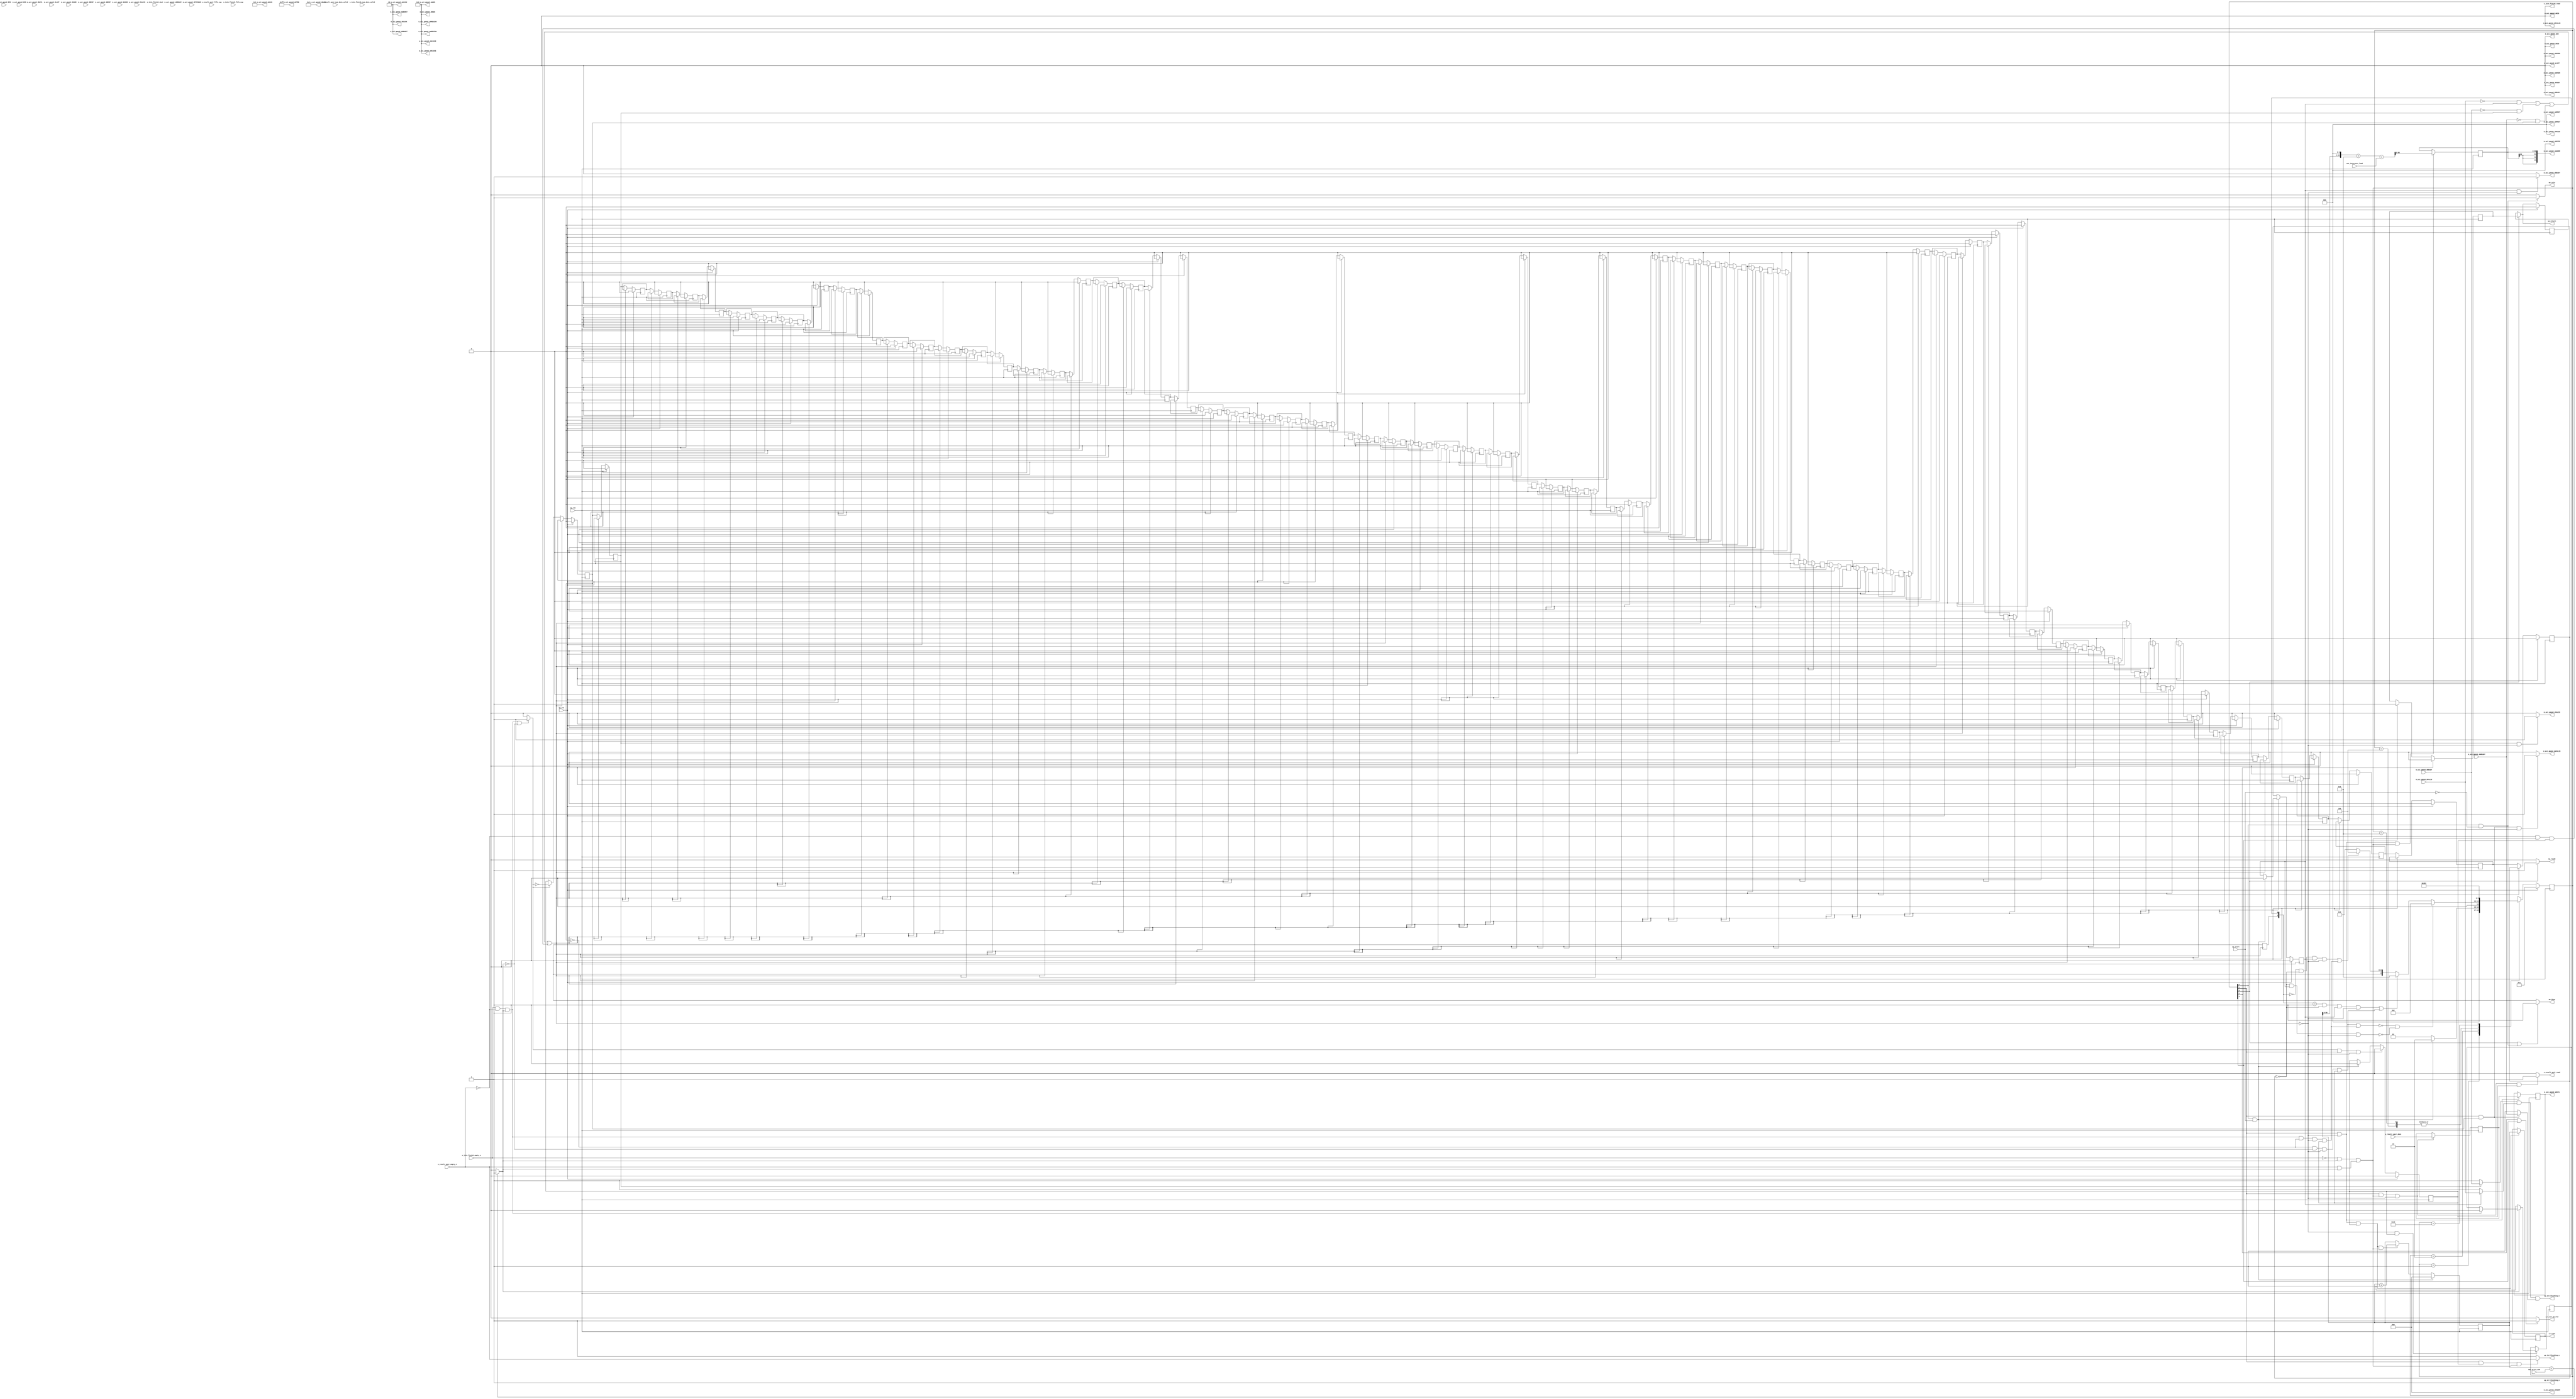
// ==============================================================
// RTL generated by Vitis HLS - High-Level Synthesis from C, C++ and OpenCL v2022.1 (64-bit)
// Version: 2022.1
// Copyright (C) Copyright 1986-2022 Xilinx, Inc. All Rights Reserved.
// 
// ===========================================================

`timescale 1 ns / 1 ps 

module vadd_write_results_Pipeline_VITIS_LOOP_104_2 (
        ap_clk,
        ap_rst,
        ap_start,
        ap_done,
        ap_idle,
        ap_ready,
        max_write_num,
        s_result_pair_dout,
        s_result_pair_num_data_valid,
        s_result_pair_fifo_cap,
        s_result_pair_empty_n,
        s_result_pair_read,
        out_intersect_load,
        m_axi_gmem2_AWVALID,
        m_axi_gmem2_AWREADY,
        m_axi_gmem2_AWADDR,
        m_axi_gmem2_AWID,
        m_axi_gmem2_AWLEN,
        m_axi_gmem2_AWSIZE,
        m_axi_gmem2_AWBURST,
        m_axi_gmem2_AWLOCK,
        m_axi_gmem2_AWCACHE,
        m_axi_gmem2_AWPROT,
        m_axi_gmem2_AWQOS,
        m_axi_gmem2_AWREGION,
        m_axi_gmem2_AWUSER,
        m_axi_gmem2_WVALID,
        m_axi_gmem2_WREADY,
        m_axi_gmem2_WDATA,
        m_axi_gmem2_WSTRB,
        m_axi_gmem2_WLAST,
        m_axi_gmem2_WID,
        m_axi_gmem2_WUSER,
        m_axi_gmem2_ARVALID,
        m_axi_gmem2_ARREADY,
        m_axi_gmem2_ARADDR,
        m_axi_gmem2_ARID,
        m_axi_gmem2_ARLEN,
        m_axi_gmem2_ARSIZE,
        m_axi_gmem2_ARBURST,
        m_axi_gmem2_ARLOCK,
        m_axi_gmem2_ARCACHE,
        m_axi_gmem2_ARPROT,
        m_axi_gmem2_ARQOS,
        m_axi_gmem2_ARREGION,
        m_axi_gmem2_ARUSER,
        m_axi_gmem2_RVALID,
        m_axi_gmem2_RREADY,
        m_axi_gmem2_RDATA,
        m_axi_gmem2_RLAST,
        m_axi_gmem2_RID,
        m_axi_gmem2_RFIFONUM,
        m_axi_gmem2_RUSER,
        m_axi_gmem2_RRESP,
        m_axi_gmem2_BVALID,
        m_axi_gmem2_BREADY,
        m_axi_gmem2_BRESP,
        m_axi_gmem2_BID,
        m_axi_gmem2_BUSER,
        s_join_finish_dout,
        s_join_finish_num_data_valid,
        s_join_finish_fifo_cap,
        s_join_finish_empty_n,
        s_join_finish_read,
        i_V_out,
        i_V_out_ap_vld,
        ap_return,
        ap_ext_blocking_n,
        ap_str_blocking_n,
        ap_int_blocking_n
);

parameter    ap_ST_fsm_state1 = 5'd1;
parameter    ap_ST_fsm_pp0_stage0 = 5'd2;
parameter    ap_ST_fsm_state73 = 5'd4;
parameter    ap_ST_fsm_state74 = 5'd8;
parameter    ap_ST_fsm_state75 = 5'd16;

input   ap_clk;
input   ap_rst;
input   ap_start;
output   ap_done;
output   ap_idle;
output   ap_ready;
input  [63:0] max_write_num;
input  [63:0] s_result_pair_dout;
input  [9:0] s_result_pair_num_data_valid;
input  [9:0] s_result_pair_fifo_cap;
input   s_result_pair_empty_n;
output   s_result_pair_read;
input  [63:0] out_intersect_load;
output   m_axi_gmem2_AWVALID;
input   m_axi_gmem2_AWREADY;
output  [63:0] m_axi_gmem2_AWADDR;
output  [0:0] m_axi_gmem2_AWID;
output  [31:0] m_axi_gmem2_AWLEN;
output  [2:0] m_axi_gmem2_AWSIZE;
output  [1:0] m_axi_gmem2_AWBURST;
output  [1:0] m_axi_gmem2_AWLOCK;
output  [3:0] m_axi_gmem2_AWCACHE;
output  [2:0] m_axi_gmem2_AWPROT;
output  [3:0] m_axi_gmem2_AWQOS;
output  [3:0] m_axi_gmem2_AWREGION;
output  [0:0] m_axi_gmem2_AWUSER;
output   m_axi_gmem2_WVALID;
input   m_axi_gmem2_WREADY;
output  [63:0] m_axi_gmem2_WDATA;
output  [7:0] m_axi_gmem2_WSTRB;
output   m_axi_gmem2_WLAST;
output  [0:0] m_axi_gmem2_WID;
output  [0:0] m_axi_gmem2_WUSER;
output   m_axi_gmem2_ARVALID;
input   m_axi_gmem2_ARREADY;
output  [63:0] m_axi_gmem2_ARADDR;
output  [0:0] m_axi_gmem2_ARID;
output  [31:0] m_axi_gmem2_ARLEN;
output  [2:0] m_axi_gmem2_ARSIZE;
output  [1:0] m_axi_gmem2_ARBURST;
output  [1:0] m_axi_gmem2_ARLOCK;
output  [3:0] m_axi_gmem2_ARCACHE;
output  [2:0] m_axi_gmem2_ARPROT;
output  [3:0] m_axi_gmem2_ARQOS;
output  [3:0] m_axi_gmem2_ARREGION;
output  [0:0] m_axi_gmem2_ARUSER;
input   m_axi_gmem2_RVALID;
output   m_axi_gmem2_RREADY;
input  [63:0] m_axi_gmem2_RDATA;
input   m_axi_gmem2_RLAST;
input  [0:0] m_axi_gmem2_RID;
input  [8:0] m_axi_gmem2_RFIFONUM;
input  [0:0] m_axi_gmem2_RUSER;
input  [1:0] m_axi_gmem2_RRESP;
input   m_axi_gmem2_BVALID;
output   m_axi_gmem2_BREADY;
input  [1:0] m_axi_gmem2_BRESP;
input  [0:0] m_axi_gmem2_BID;
input  [0:0] m_axi_gmem2_BUSER;
input  [31:0] s_join_finish_dout;
input  [1:0] s_join_finish_num_data_valid;
input  [1:0] s_join_finish_fifo_cap;
input   s_join_finish_empty_n;
output   s_join_finish_read;
output  [63:0] i_V_out;
output   i_V_out_ap_vld;
output  [0:0] ap_return;
output   ap_ext_blocking_n;
output   ap_str_blocking_n;
output   ap_int_blocking_n;

reg ap_done;
reg ap_idle;
reg ap_ready;
reg s_result_pair_read;
reg m_axi_gmem2_AWVALID;
reg m_axi_gmem2_WVALID;
reg m_axi_gmem2_BREADY;
reg i_V_out_ap_vld;
reg[0:0] ap_return;

(* fsm_encoding = "none" *) reg   [4:0] ap_CS_fsm;
wire    ap_CS_fsm_state1;
reg    s_result_pair_blk_n;
wire    ap_CS_fsm_pp0_stage0;
reg    ap_enable_reg_pp0_iter0;
wire    ap_block_pp0_stage0;
wire   [0:0] icmp_ln1073_fu_158_p2;
wire   [0:0] tmp_3_i_nbreadreq_fu_100_p3;
wire   [0:0] tmp_2_i_nbreadreq_fu_92_p3;
reg    gmem2_blk_n_AW;
reg    ap_enable_reg_pp0_iter1;
reg    gmem2_blk_n_W;
reg    ap_enable_reg_pp0_iter2;
reg    gmem2_blk_n_B;
reg    ap_enable_reg_pp0_iter70;
reg   [63:0] i_V_1_reg_228;
reg    ap_predicate_op94_read_state2;
reg    ap_block_state2_pp0_stage0_iter0;
wire    ap_block_state3_pp0_stage0_iter1;
wire    ap_block_state4_pp0_stage0_iter2;
wire    ap_block_state5_pp0_stage0_iter3;
wire    ap_block_state6_pp0_stage0_iter4;
wire    ap_block_state7_pp0_stage0_iter5;
wire    ap_block_state8_pp0_stage0_iter6;
wire    ap_block_state9_pp0_stage0_iter7;
wire    ap_block_state10_pp0_stage0_iter8;
wire    ap_block_state11_pp0_stage0_iter9;
wire    ap_block_state12_pp0_stage0_iter10;
wire    ap_block_state13_pp0_stage0_iter11;
wire    ap_block_state14_pp0_stage0_iter12;
wire    ap_block_state15_pp0_stage0_iter13;
wire    ap_block_state16_pp0_stage0_iter14;
wire    ap_block_state17_pp0_stage0_iter15;
wire    ap_block_state18_pp0_stage0_iter16;
wire    ap_block_state19_pp0_stage0_iter17;
wire    ap_block_state20_pp0_stage0_iter18;
wire    ap_block_state21_pp0_stage0_iter19;
wire    ap_block_state22_pp0_stage0_iter20;
wire    ap_block_state23_pp0_stage0_iter21;
wire    ap_block_state24_pp0_stage0_iter22;
wire    ap_block_state25_pp0_stage0_iter23;
wire    ap_block_state26_pp0_stage0_iter24;
wire    ap_block_state27_pp0_stage0_iter25;
wire    ap_block_state28_pp0_stage0_iter26;
wire    ap_block_state29_pp0_stage0_iter27;
wire    ap_block_state30_pp0_stage0_iter28;
wire    ap_block_state31_pp0_stage0_iter29;
wire    ap_block_state32_pp0_stage0_iter30;
wire    ap_block_state33_pp0_stage0_iter31;
wire    ap_block_state34_pp0_stage0_iter32;
wire    ap_block_state35_pp0_stage0_iter33;
wire    ap_block_state36_pp0_stage0_iter34;
wire    ap_block_state37_pp0_stage0_iter35;
wire    ap_block_state38_pp0_stage0_iter36;
wire    ap_block_state39_pp0_stage0_iter37;
wire    ap_block_state40_pp0_stage0_iter38;
wire    ap_block_state41_pp0_stage0_iter39;
wire    ap_block_state42_pp0_stage0_iter40;
wire    ap_block_state43_pp0_stage0_iter41;
wire    ap_block_state44_pp0_stage0_iter42;
wire    ap_block_state45_pp0_stage0_iter43;
wire    ap_block_state46_pp0_stage0_iter44;
wire    ap_block_state47_pp0_stage0_iter45;
wire    ap_block_state48_pp0_stage0_iter46;
wire    ap_block_state49_pp0_stage0_iter47;
wire    ap_block_state50_pp0_stage0_iter48;
wire    ap_block_state51_pp0_stage0_iter49;
wire    ap_block_state52_pp0_stage0_iter50;
wire    ap_block_state53_pp0_stage0_iter51;
wire    ap_block_state54_pp0_stage0_iter52;
wire    ap_block_state55_pp0_stage0_iter53;
wire    ap_block_state56_pp0_stage0_iter54;
wire    ap_block_state57_pp0_stage0_iter55;
wire    ap_block_state58_pp0_stage0_iter56;
wire    ap_block_state59_pp0_stage0_iter57;
wire    ap_block_state60_pp0_stage0_iter58;
wire    ap_block_state61_pp0_stage0_iter59;
wire    ap_block_state62_pp0_stage0_iter60;
wire    ap_block_state63_pp0_stage0_iter61;
wire    ap_block_state64_pp0_stage0_iter62;
wire    ap_block_state65_pp0_stage0_iter63;
wire    ap_block_state66_pp0_stage0_iter64;
wire    ap_block_state67_pp0_stage0_iter65;
wire    ap_block_state68_pp0_stage0_iter66;
wire    ap_block_state69_pp0_stage0_iter67;
wire    ap_block_state70_pp0_stage0_iter68;
wire    ap_block_state71_pp0_stage0_iter69;
reg    ap_block_state72_pp0_stage0_iter70;
reg    ap_block_pp0_stage0_11001;
reg   [63:0] p_Result_s_reg_242;
reg   [63:0] p_Result_s_reg_242_pp0_iter1_reg;
reg   [60:0] trunc_ln_reg_247;
reg    ap_block_pp0_stage0_subdone;
reg    ap_predicate_tran2to73_state2;
reg    ap_condition_pp0_exit_iter0_state2;
reg    ap_enable_reg_pp0_iter3;
reg    ap_enable_reg_pp0_iter4;
reg    ap_enable_reg_pp0_iter5;
reg    ap_enable_reg_pp0_iter6;
reg    ap_enable_reg_pp0_iter7;
reg    ap_enable_reg_pp0_iter8;
reg    ap_enable_reg_pp0_iter9;
reg    ap_enable_reg_pp0_iter10;
reg    ap_enable_reg_pp0_iter11;
reg    ap_enable_reg_pp0_iter12;
reg    ap_enable_reg_pp0_iter13;
reg    ap_enable_reg_pp0_iter14;
reg    ap_enable_reg_pp0_iter15;
reg    ap_enable_reg_pp0_iter16;
reg    ap_enable_reg_pp0_iter17;
reg    ap_enable_reg_pp0_iter18;
reg    ap_enable_reg_pp0_iter19;
reg    ap_enable_reg_pp0_iter20;
reg    ap_enable_reg_pp0_iter21;
reg    ap_enable_reg_pp0_iter22;
reg    ap_enable_reg_pp0_iter23;
reg    ap_enable_reg_pp0_iter24;
reg    ap_enable_reg_pp0_iter25;
reg    ap_enable_reg_pp0_iter26;
reg    ap_enable_reg_pp0_iter27;
reg    ap_enable_reg_pp0_iter28;
reg    ap_enable_reg_pp0_iter29;
reg    ap_enable_reg_pp0_iter30;
reg    ap_enable_reg_pp0_iter31;
reg    ap_enable_reg_pp0_iter32;
reg    ap_enable_reg_pp0_iter33;
reg    ap_enable_reg_pp0_iter34;
reg    ap_enable_reg_pp0_iter35;
reg    ap_enable_reg_pp0_iter36;
reg    ap_enable_reg_pp0_iter37;
reg    ap_enable_reg_pp0_iter38;
reg    ap_enable_reg_pp0_iter39;
reg    ap_enable_reg_pp0_iter40;
reg    ap_enable_reg_pp0_iter41;
reg    ap_enable_reg_pp0_iter42;
reg    ap_enable_reg_pp0_iter43;
reg    ap_enable_reg_pp0_iter44;
reg    ap_enable_reg_pp0_iter45;
reg    ap_enable_reg_pp0_iter46;
reg    ap_enable_reg_pp0_iter47;
reg    ap_enable_reg_pp0_iter48;
reg    ap_enable_reg_pp0_iter49;
reg    ap_enable_reg_pp0_iter50;
reg    ap_enable_reg_pp0_iter51;
reg    ap_enable_reg_pp0_iter52;
reg    ap_enable_reg_pp0_iter53;
reg    ap_enable_reg_pp0_iter54;
reg    ap_enable_reg_pp0_iter55;
reg    ap_enable_reg_pp0_iter56;
reg    ap_enable_reg_pp0_iter57;
reg    ap_enable_reg_pp0_iter58;
reg    ap_enable_reg_pp0_iter59;
reg    ap_enable_reg_pp0_iter60;
reg    ap_enable_reg_pp0_iter61;
reg    ap_enable_reg_pp0_iter62;
reg    ap_enable_reg_pp0_iter63;
reg    ap_enable_reg_pp0_iter64;
reg    ap_enable_reg_pp0_iter65;
reg    ap_enable_reg_pp0_iter66;
reg    ap_enable_reg_pp0_iter67;
reg    ap_enable_reg_pp0_iter68;
reg    ap_enable_reg_pp0_iter69;
reg   [0:0] UnifiedRetVal_reg_137;
wire    ap_CS_fsm_state74;
wire    ap_CS_fsm_state73;
wire  signed [63:0] sext_ln115_fu_201_p1;
reg    ap_block_pp0_stage0_01001;
reg   [63:0] i_V_fu_76;
wire   [63:0] i_V_2_fu_163_p2;
wire   [63:0] shl_ln115_fu_169_p2;
wire   [63:0] add_ln115_fu_175_p2;
wire   [63:0] add_ln115_1_fu_181_p2;
reg   [0:0] ap_return_preg;
wire    ap_CS_fsm_state75;
reg   [4:0] ap_NS_fsm;
reg    ap_ST_fsm_state1_blk;
wire    ap_ST_fsm_state73_blk;
wire    ap_ST_fsm_state74_blk;
wire    ap_ST_fsm_state75_blk;
reg   [1:0] ap_exit_tran_regpp0;
wire    ap_ext_blocking_cur_n;
wire    ap_int_blocking_cur_n;
reg    ap_idle_pp0;
wire    ap_enable_pp0;
wire    ap_ce_reg;

// power-on initialization
initial begin
#0 ap_CS_fsm = 5'd1;
#0 ap_enable_reg_pp0_iter0 = 1'b0;
#0 ap_enable_reg_pp0_iter1 = 1'b0;
#0 ap_enable_reg_pp0_iter2 = 1'b0;
#0 ap_enable_reg_pp0_iter70 = 1'b0;
#0 ap_enable_reg_pp0_iter3 = 1'b0;
#0 ap_enable_reg_pp0_iter4 = 1'b0;
#0 ap_enable_reg_pp0_iter5 = 1'b0;
#0 ap_enable_reg_pp0_iter6 = 1'b0;
#0 ap_enable_reg_pp0_iter7 = 1'b0;
#0 ap_enable_reg_pp0_iter8 = 1'b0;
#0 ap_enable_reg_pp0_iter9 = 1'b0;
#0 ap_enable_reg_pp0_iter10 = 1'b0;
#0 ap_enable_reg_pp0_iter11 = 1'b0;
#0 ap_enable_reg_pp0_iter12 = 1'b0;
#0 ap_enable_reg_pp0_iter13 = 1'b0;
#0 ap_enable_reg_pp0_iter14 = 1'b0;
#0 ap_enable_reg_pp0_iter15 = 1'b0;
#0 ap_enable_reg_pp0_iter16 = 1'b0;
#0 ap_enable_reg_pp0_iter17 = 1'b0;
#0 ap_enable_reg_pp0_iter18 = 1'b0;
#0 ap_enable_reg_pp0_iter19 = 1'b0;
#0 ap_enable_reg_pp0_iter20 = 1'b0;
#0 ap_enable_reg_pp0_iter21 = 1'b0;
#0 ap_enable_reg_pp0_iter22 = 1'b0;
#0 ap_enable_reg_pp0_iter23 = 1'b0;
#0 ap_enable_reg_pp0_iter24 = 1'b0;
#0 ap_enable_reg_pp0_iter25 = 1'b0;
#0 ap_enable_reg_pp0_iter26 = 1'b0;
#0 ap_enable_reg_pp0_iter27 = 1'b0;
#0 ap_enable_reg_pp0_iter28 = 1'b0;
#0 ap_enable_reg_pp0_iter29 = 1'b0;
#0 ap_enable_reg_pp0_iter30 = 1'b0;
#0 ap_enable_reg_pp0_iter31 = 1'b0;
#0 ap_enable_reg_pp0_iter32 = 1'b0;
#0 ap_enable_reg_pp0_iter33 = 1'b0;
#0 ap_enable_reg_pp0_iter34 = 1'b0;
#0 ap_enable_reg_pp0_iter35 = 1'b0;
#0 ap_enable_reg_pp0_iter36 = 1'b0;
#0 ap_enable_reg_pp0_iter37 = 1'b0;
#0 ap_enable_reg_pp0_iter38 = 1'b0;
#0 ap_enable_reg_pp0_iter39 = 1'b0;
#0 ap_enable_reg_pp0_iter40 = 1'b0;
#0 ap_enable_reg_pp0_iter41 = 1'b0;
#0 ap_enable_reg_pp0_iter42 = 1'b0;
#0 ap_enable_reg_pp0_iter43 = 1'b0;
#0 ap_enable_reg_pp0_iter44 = 1'b0;
#0 ap_enable_reg_pp0_iter45 = 1'b0;
#0 ap_enable_reg_pp0_iter46 = 1'b0;
#0 ap_enable_reg_pp0_iter47 = 1'b0;
#0 ap_enable_reg_pp0_iter48 = 1'b0;
#0 ap_enable_reg_pp0_iter49 = 1'b0;
#0 ap_enable_reg_pp0_iter50 = 1'b0;
#0 ap_enable_reg_pp0_iter51 = 1'b0;
#0 ap_enable_reg_pp0_iter52 = 1'b0;
#0 ap_enable_reg_pp0_iter53 = 1'b0;
#0 ap_enable_reg_pp0_iter54 = 1'b0;
#0 ap_enable_reg_pp0_iter55 = 1'b0;
#0 ap_enable_reg_pp0_iter56 = 1'b0;
#0 ap_enable_reg_pp0_iter57 = 1'b0;
#0 ap_enable_reg_pp0_iter58 = 1'b0;
#0 ap_enable_reg_pp0_iter59 = 1'b0;
#0 ap_enable_reg_pp0_iter60 = 1'b0;
#0 ap_enable_reg_pp0_iter61 = 1'b0;
#0 ap_enable_reg_pp0_iter62 = 1'b0;
#0 ap_enable_reg_pp0_iter63 = 1'b0;
#0 ap_enable_reg_pp0_iter64 = 1'b0;
#0 ap_enable_reg_pp0_iter65 = 1'b0;
#0 ap_enable_reg_pp0_iter66 = 1'b0;
#0 ap_enable_reg_pp0_iter67 = 1'b0;
#0 ap_enable_reg_pp0_iter68 = 1'b0;
#0 ap_enable_reg_pp0_iter69 = 1'b0;
#0 ap_return_preg = 1'd0;
end

always @ (posedge ap_clk) begin
    if (ap_rst == 1'b1) begin
        ap_CS_fsm <= ap_ST_fsm_state1;
    end else begin
        ap_CS_fsm <= ap_NS_fsm;
    end
end

always @ (posedge ap_clk) begin
    if (ap_rst == 1'b1) begin
        ap_enable_reg_pp0_iter0 <= 1'b0;
    end else begin
        if (((1'b1 == ap_condition_pp0_exit_iter0_state2) & (1'b1 == ap_CS_fsm_pp0_stage0) & (1'b0 == ap_block_pp0_stage0_subdone))) begin
            ap_enable_reg_pp0_iter0 <= 1'b0;
        end else if (((1'b1 == ap_CS_fsm_state1) & (ap_start == 1'b1))) begin
            ap_enable_reg_pp0_iter0 <= 1'b1;
        end
    end
end

always @ (posedge ap_clk) begin
    if (ap_rst == 1'b1) begin
        ap_enable_reg_pp0_iter1 <= 1'b0;
    end else begin
        if ((1'b0 == ap_block_pp0_stage0_subdone)) begin
            if ((1'b1 == ap_condition_pp0_exit_iter0_state2)) begin
                ap_enable_reg_pp0_iter1 <= (1'b1 ^ ap_condition_pp0_exit_iter0_state2);
            end else if ((1'b1 == 1'b1)) begin
                ap_enable_reg_pp0_iter1 <= ap_enable_reg_pp0_iter0;
            end
        end
    end
end

always @ (posedge ap_clk) begin
    if (ap_rst == 1'b1) begin
        ap_enable_reg_pp0_iter10 <= 1'b0;
    end else begin
        if ((1'b0 == ap_block_pp0_stage0_subdone)) begin
            ap_enable_reg_pp0_iter10 <= ap_enable_reg_pp0_iter9;
        end
    end
end

always @ (posedge ap_clk) begin
    if (ap_rst == 1'b1) begin
        ap_enable_reg_pp0_iter11 <= 1'b0;
    end else begin
        if ((1'b0 == ap_block_pp0_stage0_subdone)) begin
            ap_enable_reg_pp0_iter11 <= ap_enable_reg_pp0_iter10;
        end
    end
end

always @ (posedge ap_clk) begin
    if (ap_rst == 1'b1) begin
        ap_enable_reg_pp0_iter12 <= 1'b0;
    end else begin
        if ((1'b0 == ap_block_pp0_stage0_subdone)) begin
            ap_enable_reg_pp0_iter12 <= ap_enable_reg_pp0_iter11;
        end
    end
end

always @ (posedge ap_clk) begin
    if (ap_rst == 1'b1) begin
        ap_enable_reg_pp0_iter13 <= 1'b0;
    end else begin
        if ((1'b0 == ap_block_pp0_stage0_subdone)) begin
            ap_enable_reg_pp0_iter13 <= ap_enable_reg_pp0_iter12;
        end
    end
end

always @ (posedge ap_clk) begin
    if (ap_rst == 1'b1) begin
        ap_enable_reg_pp0_iter14 <= 1'b0;
    end else begin
        if ((1'b0 == ap_block_pp0_stage0_subdone)) begin
            ap_enable_reg_pp0_iter14 <= ap_enable_reg_pp0_iter13;
        end
    end
end

always @ (posedge ap_clk) begin
    if (ap_rst == 1'b1) begin
        ap_enable_reg_pp0_iter15 <= 1'b0;
    end else begin
        if ((1'b0 == ap_block_pp0_stage0_subdone)) begin
            ap_enable_reg_pp0_iter15 <= ap_enable_reg_pp0_iter14;
        end
    end
end

always @ (posedge ap_clk) begin
    if (ap_rst == 1'b1) begin
        ap_enable_reg_pp0_iter16 <= 1'b0;
    end else begin
        if ((1'b0 == ap_block_pp0_stage0_subdone)) begin
            ap_enable_reg_pp0_iter16 <= ap_enable_reg_pp0_iter15;
        end
    end
end

always @ (posedge ap_clk) begin
    if (ap_rst == 1'b1) begin
        ap_enable_reg_pp0_iter17 <= 1'b0;
    end else begin
        if ((1'b0 == ap_block_pp0_stage0_subdone)) begin
            ap_enable_reg_pp0_iter17 <= ap_enable_reg_pp0_iter16;
        end
    end
end

always @ (posedge ap_clk) begin
    if (ap_rst == 1'b1) begin
        ap_enable_reg_pp0_iter18 <= 1'b0;
    end else begin
        if ((1'b0 == ap_block_pp0_stage0_subdone)) begin
            ap_enable_reg_pp0_iter18 <= ap_enable_reg_pp0_iter17;
        end
    end
end

always @ (posedge ap_clk) begin
    if (ap_rst == 1'b1) begin
        ap_enable_reg_pp0_iter19 <= 1'b0;
    end else begin
        if ((1'b0 == ap_block_pp0_stage0_subdone)) begin
            ap_enable_reg_pp0_iter19 <= ap_enable_reg_pp0_iter18;
        end
    end
end

always @ (posedge ap_clk) begin
    if (ap_rst == 1'b1) begin
        ap_enable_reg_pp0_iter2 <= 1'b0;
    end else begin
        if ((1'b0 == ap_block_pp0_stage0_subdone)) begin
            ap_enable_reg_pp0_iter2 <= ap_enable_reg_pp0_iter1;
        end
    end
end

always @ (posedge ap_clk) begin
    if (ap_rst == 1'b1) begin
        ap_enable_reg_pp0_iter20 <= 1'b0;
    end else begin
        if ((1'b0 == ap_block_pp0_stage0_subdone)) begin
            ap_enable_reg_pp0_iter20 <= ap_enable_reg_pp0_iter19;
        end
    end
end

always @ (posedge ap_clk) begin
    if (ap_rst == 1'b1) begin
        ap_enable_reg_pp0_iter21 <= 1'b0;
    end else begin
        if ((1'b0 == ap_block_pp0_stage0_subdone)) begin
            ap_enable_reg_pp0_iter21 <= ap_enable_reg_pp0_iter20;
        end
    end
end

always @ (posedge ap_clk) begin
    if (ap_rst == 1'b1) begin
        ap_enable_reg_pp0_iter22 <= 1'b0;
    end else begin
        if ((1'b0 == ap_block_pp0_stage0_subdone)) begin
            ap_enable_reg_pp0_iter22 <= ap_enable_reg_pp0_iter21;
        end
    end
end

always @ (posedge ap_clk) begin
    if (ap_rst == 1'b1) begin
        ap_enable_reg_pp0_iter23 <= 1'b0;
    end else begin
        if ((1'b0 == ap_block_pp0_stage0_subdone)) begin
            ap_enable_reg_pp0_iter23 <= ap_enable_reg_pp0_iter22;
        end
    end
end

always @ (posedge ap_clk) begin
    if (ap_rst == 1'b1) begin
        ap_enable_reg_pp0_iter24 <= 1'b0;
    end else begin
        if ((1'b0 == ap_block_pp0_stage0_subdone)) begin
            ap_enable_reg_pp0_iter24 <= ap_enable_reg_pp0_iter23;
        end
    end
end

always @ (posedge ap_clk) begin
    if (ap_rst == 1'b1) begin
        ap_enable_reg_pp0_iter25 <= 1'b0;
    end else begin
        if ((1'b0 == ap_block_pp0_stage0_subdone)) begin
            ap_enable_reg_pp0_iter25 <= ap_enable_reg_pp0_iter24;
        end
    end
end

always @ (posedge ap_clk) begin
    if (ap_rst == 1'b1) begin
        ap_enable_reg_pp0_iter26 <= 1'b0;
    end else begin
        if ((1'b0 == ap_block_pp0_stage0_subdone)) begin
            ap_enable_reg_pp0_iter26 <= ap_enable_reg_pp0_iter25;
        end
    end
end

always @ (posedge ap_clk) begin
    if (ap_rst == 1'b1) begin
        ap_enable_reg_pp0_iter27 <= 1'b0;
    end else begin
        if ((1'b0 == ap_block_pp0_stage0_subdone)) begin
            ap_enable_reg_pp0_iter27 <= ap_enable_reg_pp0_iter26;
        end
    end
end

always @ (posedge ap_clk) begin
    if (ap_rst == 1'b1) begin
        ap_enable_reg_pp0_iter28 <= 1'b0;
    end else begin
        if ((1'b0 == ap_block_pp0_stage0_subdone)) begin
            ap_enable_reg_pp0_iter28 <= ap_enable_reg_pp0_iter27;
        end
    end
end

always @ (posedge ap_clk) begin
    if (ap_rst == 1'b1) begin
        ap_enable_reg_pp0_iter29 <= 1'b0;
    end else begin
        if ((1'b0 == ap_block_pp0_stage0_subdone)) begin
            ap_enable_reg_pp0_iter29 <= ap_enable_reg_pp0_iter28;
        end
    end
end

always @ (posedge ap_clk) begin
    if (ap_rst == 1'b1) begin
        ap_enable_reg_pp0_iter3 <= 1'b0;
    end else begin
        if ((1'b0 == ap_block_pp0_stage0_subdone)) begin
            ap_enable_reg_pp0_iter3 <= ap_enable_reg_pp0_iter2;
        end
    end
end

always @ (posedge ap_clk) begin
    if (ap_rst == 1'b1) begin
        ap_enable_reg_pp0_iter30 <= 1'b0;
    end else begin
        if ((1'b0 == ap_block_pp0_stage0_subdone)) begin
            ap_enable_reg_pp0_iter30 <= ap_enable_reg_pp0_iter29;
        end
    end
end

always @ (posedge ap_clk) begin
    if (ap_rst == 1'b1) begin
        ap_enable_reg_pp0_iter31 <= 1'b0;
    end else begin
        if ((1'b0 == ap_block_pp0_stage0_subdone)) begin
            ap_enable_reg_pp0_iter31 <= ap_enable_reg_pp0_iter30;
        end
    end
end

always @ (posedge ap_clk) begin
    if (ap_rst == 1'b1) begin
        ap_enable_reg_pp0_iter32 <= 1'b0;
    end else begin
        if ((1'b0 == ap_block_pp0_stage0_subdone)) begin
            ap_enable_reg_pp0_iter32 <= ap_enable_reg_pp0_iter31;
        end
    end
end

always @ (posedge ap_clk) begin
    if (ap_rst == 1'b1) begin
        ap_enable_reg_pp0_iter33 <= 1'b0;
    end else begin
        if ((1'b0 == ap_block_pp0_stage0_subdone)) begin
            ap_enable_reg_pp0_iter33 <= ap_enable_reg_pp0_iter32;
        end
    end
end

always @ (posedge ap_clk) begin
    if (ap_rst == 1'b1) begin
        ap_enable_reg_pp0_iter34 <= 1'b0;
    end else begin
        if ((1'b0 == ap_block_pp0_stage0_subdone)) begin
            ap_enable_reg_pp0_iter34 <= ap_enable_reg_pp0_iter33;
        end
    end
end

always @ (posedge ap_clk) begin
    if (ap_rst == 1'b1) begin
        ap_enable_reg_pp0_iter35 <= 1'b0;
    end else begin
        if ((1'b0 == ap_block_pp0_stage0_subdone)) begin
            ap_enable_reg_pp0_iter35 <= ap_enable_reg_pp0_iter34;
        end
    end
end

always @ (posedge ap_clk) begin
    if (ap_rst == 1'b1) begin
        ap_enable_reg_pp0_iter36 <= 1'b0;
    end else begin
        if ((1'b0 == ap_block_pp0_stage0_subdone)) begin
            ap_enable_reg_pp0_iter36 <= ap_enable_reg_pp0_iter35;
        end
    end
end

always @ (posedge ap_clk) begin
    if (ap_rst == 1'b1) begin
        ap_enable_reg_pp0_iter37 <= 1'b0;
    end else begin
        if ((1'b0 == ap_block_pp0_stage0_subdone)) begin
            ap_enable_reg_pp0_iter37 <= ap_enable_reg_pp0_iter36;
        end
    end
end

always @ (posedge ap_clk) begin
    if (ap_rst == 1'b1) begin
        ap_enable_reg_pp0_iter38 <= 1'b0;
    end else begin
        if ((1'b0 == ap_block_pp0_stage0_subdone)) begin
            ap_enable_reg_pp0_iter38 <= ap_enable_reg_pp0_iter37;
        end
    end
end

always @ (posedge ap_clk) begin
    if (ap_rst == 1'b1) begin
        ap_enable_reg_pp0_iter39 <= 1'b0;
    end else begin
        if ((1'b0 == ap_block_pp0_stage0_subdone)) begin
            ap_enable_reg_pp0_iter39 <= ap_enable_reg_pp0_iter38;
        end
    end
end

always @ (posedge ap_clk) begin
    if (ap_rst == 1'b1) begin
        ap_enable_reg_pp0_iter4 <= 1'b0;
    end else begin
        if ((1'b0 == ap_block_pp0_stage0_subdone)) begin
            ap_enable_reg_pp0_iter4 <= ap_enable_reg_pp0_iter3;
        end
    end
end

always @ (posedge ap_clk) begin
    if (ap_rst == 1'b1) begin
        ap_enable_reg_pp0_iter40 <= 1'b0;
    end else begin
        if ((1'b0 == ap_block_pp0_stage0_subdone)) begin
            ap_enable_reg_pp0_iter40 <= ap_enable_reg_pp0_iter39;
        end
    end
end

always @ (posedge ap_clk) begin
    if (ap_rst == 1'b1) begin
        ap_enable_reg_pp0_iter41 <= 1'b0;
    end else begin
        if ((1'b0 == ap_block_pp0_stage0_subdone)) begin
            ap_enable_reg_pp0_iter41 <= ap_enable_reg_pp0_iter40;
        end
    end
end

always @ (posedge ap_clk) begin
    if (ap_rst == 1'b1) begin
        ap_enable_reg_pp0_iter42 <= 1'b0;
    end else begin
        if ((1'b0 == ap_block_pp0_stage0_subdone)) begin
            ap_enable_reg_pp0_iter42 <= ap_enable_reg_pp0_iter41;
        end
    end
end

always @ (posedge ap_clk) begin
    if (ap_rst == 1'b1) begin
        ap_enable_reg_pp0_iter43 <= 1'b0;
    end else begin
        if ((1'b0 == ap_block_pp0_stage0_subdone)) begin
            ap_enable_reg_pp0_iter43 <= ap_enable_reg_pp0_iter42;
        end
    end
end

always @ (posedge ap_clk) begin
    if (ap_rst == 1'b1) begin
        ap_enable_reg_pp0_iter44 <= 1'b0;
    end else begin
        if ((1'b0 == ap_block_pp0_stage0_subdone)) begin
            ap_enable_reg_pp0_iter44 <= ap_enable_reg_pp0_iter43;
        end
    end
end

always @ (posedge ap_clk) begin
    if (ap_rst == 1'b1) begin
        ap_enable_reg_pp0_iter45 <= 1'b0;
    end else begin
        if ((1'b0 == ap_block_pp0_stage0_subdone)) begin
            ap_enable_reg_pp0_iter45 <= ap_enable_reg_pp0_iter44;
        end
    end
end

always @ (posedge ap_clk) begin
    if (ap_rst == 1'b1) begin
        ap_enable_reg_pp0_iter46 <= 1'b0;
    end else begin
        if ((1'b0 == ap_block_pp0_stage0_subdone)) begin
            ap_enable_reg_pp0_iter46 <= ap_enable_reg_pp0_iter45;
        end
    end
end

always @ (posedge ap_clk) begin
    if (ap_rst == 1'b1) begin
        ap_enable_reg_pp0_iter47 <= 1'b0;
    end else begin
        if ((1'b0 == ap_block_pp0_stage0_subdone)) begin
            ap_enable_reg_pp0_iter47 <= ap_enable_reg_pp0_iter46;
        end
    end
end

always @ (posedge ap_clk) begin
    if (ap_rst == 1'b1) begin
        ap_enable_reg_pp0_iter48 <= 1'b0;
    end else begin
        if ((1'b0 == ap_block_pp0_stage0_subdone)) begin
            ap_enable_reg_pp0_iter48 <= ap_enable_reg_pp0_iter47;
        end
    end
end

always @ (posedge ap_clk) begin
    if (ap_rst == 1'b1) begin
        ap_enable_reg_pp0_iter49 <= 1'b0;
    end else begin
        if ((1'b0 == ap_block_pp0_stage0_subdone)) begin
            ap_enable_reg_pp0_iter49 <= ap_enable_reg_pp0_iter48;
        end
    end
end

always @ (posedge ap_clk) begin
    if (ap_rst == 1'b1) begin
        ap_enable_reg_pp0_iter5 <= 1'b0;
    end else begin
        if ((1'b0 == ap_block_pp0_stage0_subdone)) begin
            ap_enable_reg_pp0_iter5 <= ap_enable_reg_pp0_iter4;
        end
    end
end

always @ (posedge ap_clk) begin
    if (ap_rst == 1'b1) begin
        ap_enable_reg_pp0_iter50 <= 1'b0;
    end else begin
        if ((1'b0 == ap_block_pp0_stage0_subdone)) begin
            ap_enable_reg_pp0_iter50 <= ap_enable_reg_pp0_iter49;
        end
    end
end

always @ (posedge ap_clk) begin
    if (ap_rst == 1'b1) begin
        ap_enable_reg_pp0_iter51 <= 1'b0;
    end else begin
        if ((1'b0 == ap_block_pp0_stage0_subdone)) begin
            ap_enable_reg_pp0_iter51 <= ap_enable_reg_pp0_iter50;
        end
    end
end

always @ (posedge ap_clk) begin
    if (ap_rst == 1'b1) begin
        ap_enable_reg_pp0_iter52 <= 1'b0;
    end else begin
        if ((1'b0 == ap_block_pp0_stage0_subdone)) begin
            ap_enable_reg_pp0_iter52 <= ap_enable_reg_pp0_iter51;
        end
    end
end

always @ (posedge ap_clk) begin
    if (ap_rst == 1'b1) begin
        ap_enable_reg_pp0_iter53 <= 1'b0;
    end else begin
        if ((1'b0 == ap_block_pp0_stage0_subdone)) begin
            ap_enable_reg_pp0_iter53 <= ap_enable_reg_pp0_iter52;
        end
    end
end

always @ (posedge ap_clk) begin
    if (ap_rst == 1'b1) begin
        ap_enable_reg_pp0_iter54 <= 1'b0;
    end else begin
        if ((1'b0 == ap_block_pp0_stage0_subdone)) begin
            ap_enable_reg_pp0_iter54 <= ap_enable_reg_pp0_iter53;
        end
    end
end

always @ (posedge ap_clk) begin
    if (ap_rst == 1'b1) begin
        ap_enable_reg_pp0_iter55 <= 1'b0;
    end else begin
        if ((1'b0 == ap_block_pp0_stage0_subdone)) begin
            ap_enable_reg_pp0_iter55 <= ap_enable_reg_pp0_iter54;
        end
    end
end

always @ (posedge ap_clk) begin
    if (ap_rst == 1'b1) begin
        ap_enable_reg_pp0_iter56 <= 1'b0;
    end else begin
        if ((1'b0 == ap_block_pp0_stage0_subdone)) begin
            ap_enable_reg_pp0_iter56 <= ap_enable_reg_pp0_iter55;
        end
    end
end

always @ (posedge ap_clk) begin
    if (ap_rst == 1'b1) begin
        ap_enable_reg_pp0_iter57 <= 1'b0;
    end else begin
        if ((1'b0 == ap_block_pp0_stage0_subdone)) begin
            ap_enable_reg_pp0_iter57 <= ap_enable_reg_pp0_iter56;
        end
    end
end

always @ (posedge ap_clk) begin
    if (ap_rst == 1'b1) begin
        ap_enable_reg_pp0_iter58 <= 1'b0;
    end else begin
        if ((1'b0 == ap_block_pp0_stage0_subdone)) begin
            ap_enable_reg_pp0_iter58 <= ap_enable_reg_pp0_iter57;
        end
    end
end

always @ (posedge ap_clk) begin
    if (ap_rst == 1'b1) begin
        ap_enable_reg_pp0_iter59 <= 1'b0;
    end else begin
        if ((1'b0 == ap_block_pp0_stage0_subdone)) begin
            ap_enable_reg_pp0_iter59 <= ap_enable_reg_pp0_iter58;
        end
    end
end

always @ (posedge ap_clk) begin
    if (ap_rst == 1'b1) begin
        ap_enable_reg_pp0_iter6 <= 1'b0;
    end else begin
        if ((1'b0 == ap_block_pp0_stage0_subdone)) begin
            ap_enable_reg_pp0_iter6 <= ap_enable_reg_pp0_iter5;
        end
    end
end

always @ (posedge ap_clk) begin
    if (ap_rst == 1'b1) begin
        ap_enable_reg_pp0_iter60 <= 1'b0;
    end else begin
        if ((1'b0 == ap_block_pp0_stage0_subdone)) begin
            ap_enable_reg_pp0_iter60 <= ap_enable_reg_pp0_iter59;
        end
    end
end

always @ (posedge ap_clk) begin
    if (ap_rst == 1'b1) begin
        ap_enable_reg_pp0_iter61 <= 1'b0;
    end else begin
        if ((1'b0 == ap_block_pp0_stage0_subdone)) begin
            ap_enable_reg_pp0_iter61 <= ap_enable_reg_pp0_iter60;
        end
    end
end

always @ (posedge ap_clk) begin
    if (ap_rst == 1'b1) begin
        ap_enable_reg_pp0_iter62 <= 1'b0;
    end else begin
        if ((1'b0 == ap_block_pp0_stage0_subdone)) begin
            ap_enable_reg_pp0_iter62 <= ap_enable_reg_pp0_iter61;
        end
    end
end

always @ (posedge ap_clk) begin
    if (ap_rst == 1'b1) begin
        ap_enable_reg_pp0_iter63 <= 1'b0;
    end else begin
        if ((1'b0 == ap_block_pp0_stage0_subdone)) begin
            ap_enable_reg_pp0_iter63 <= ap_enable_reg_pp0_iter62;
        end
    end
end

always @ (posedge ap_clk) begin
    if (ap_rst == 1'b1) begin
        ap_enable_reg_pp0_iter64 <= 1'b0;
    end else begin
        if ((1'b0 == ap_block_pp0_stage0_subdone)) begin
            ap_enable_reg_pp0_iter64 <= ap_enable_reg_pp0_iter63;
        end
    end
end

always @ (posedge ap_clk) begin
    if (ap_rst == 1'b1) begin
        ap_enable_reg_pp0_iter65 <= 1'b0;
    end else begin
        if ((1'b0 == ap_block_pp0_stage0_subdone)) begin
            ap_enable_reg_pp0_iter65 <= ap_enable_reg_pp0_iter64;
        end
    end
end

always @ (posedge ap_clk) begin
    if (ap_rst == 1'b1) begin
        ap_enable_reg_pp0_iter66 <= 1'b0;
    end else begin
        if ((1'b0 == ap_block_pp0_stage0_subdone)) begin
            ap_enable_reg_pp0_iter66 <= ap_enable_reg_pp0_iter65;
        end
    end
end

always @ (posedge ap_clk) begin
    if (ap_rst == 1'b1) begin
        ap_enable_reg_pp0_iter67 <= 1'b0;
    end else begin
        if ((1'b0 == ap_block_pp0_stage0_subdone)) begin
            ap_enable_reg_pp0_iter67 <= ap_enable_reg_pp0_iter66;
        end
    end
end

always @ (posedge ap_clk) begin
    if (ap_rst == 1'b1) begin
        ap_enable_reg_pp0_iter68 <= 1'b0;
    end else begin
        if ((1'b0 == ap_block_pp0_stage0_subdone)) begin
            ap_enable_reg_pp0_iter68 <= ap_enable_reg_pp0_iter67;
        end
    end
end

always @ (posedge ap_clk) begin
    if (ap_rst == 1'b1) begin
        ap_enable_reg_pp0_iter69 <= 1'b0;
    end else begin
        if ((1'b0 == ap_block_pp0_stage0_subdone)) begin
            ap_enable_reg_pp0_iter69 <= ap_enable_reg_pp0_iter68;
        end
    end
end

always @ (posedge ap_clk) begin
    if (ap_rst == 1'b1) begin
        ap_enable_reg_pp0_iter7 <= 1'b0;
    end else begin
        if ((1'b0 == ap_block_pp0_stage0_subdone)) begin
            ap_enable_reg_pp0_iter7 <= ap_enable_reg_pp0_iter6;
        end
    end
end

always @ (posedge ap_clk) begin
    if (ap_rst == 1'b1) begin
        ap_enable_reg_pp0_iter70 <= 1'b0;
    end else begin
        if ((1'b0 == ap_block_pp0_stage0_subdone)) begin
            ap_enable_reg_pp0_iter70 <= ap_enable_reg_pp0_iter69;
        end else if (((1'b1 == ap_CS_fsm_state1) & (ap_start == 1'b1))) begin
            ap_enable_reg_pp0_iter70 <= 1'b0;
        end
    end
end

always @ (posedge ap_clk) begin
    if (ap_rst == 1'b1) begin
        ap_enable_reg_pp0_iter8 <= 1'b0;
    end else begin
        if ((1'b0 == ap_block_pp0_stage0_subdone)) begin
            ap_enable_reg_pp0_iter8 <= ap_enable_reg_pp0_iter7;
        end
    end
end

always @ (posedge ap_clk) begin
    if (ap_rst == 1'b1) begin
        ap_enable_reg_pp0_iter9 <= 1'b0;
    end else begin
        if ((1'b0 == ap_block_pp0_stage0_subdone)) begin
            ap_enable_reg_pp0_iter9 <= ap_enable_reg_pp0_iter8;
        end
    end
end

always @ (posedge ap_clk) begin
    if (ap_rst == 1'b1) begin
        ap_return_preg <= 1'd0;
    end else begin
        if ((1'b1 == ap_CS_fsm_state75)) begin
            ap_return_preg <= UnifiedRetVal_reg_137;
        end
    end
end

always @ (posedge ap_clk) begin
    if ((1'b1 == ap_CS_fsm_state73)) begin
        UnifiedRetVal_reg_137 <= 1'd0;
    end else if ((1'b1 == ap_CS_fsm_state74)) begin
        UnifiedRetVal_reg_137 <= 1'd1;
    end
end

always @ (posedge ap_clk) begin
    if (((1'b0 == ap_block_pp0_stage0_subdone) & (ap_enable_reg_pp0_iter0 == 1'b1))) begin
        if ((icmp_ln1073_fu_158_p2 == 1'd0)) begin
                        ap_exit_tran_regpp0[0] <= 1'b1;
        end else if ((ap_predicate_tran2to73_state2 == 1'b1)) begin
                        ap_exit_tran_regpp0[0] <= 1'b0;
        end
    end
end

always @ (posedge ap_clk) begin
    if (((1'b1 == ap_CS_fsm_state1) & (ap_start == 1'b1))) begin
        i_V_fu_76 <= 64'd0;
    end else if (((1'b1 == ap_CS_fsm_pp0_stage0) & (1'b0 == ap_block_pp0_stage0_11001) & (ap_enable_reg_pp0_iter0 == 1'b1) & (((tmp_2_i_nbreadreq_fu_92_p3 == 1'd0) & (icmp_ln1073_fu_158_p2 == 1'd1)) | ((tmp_3_i_nbreadreq_fu_100_p3 == 1'd1) & (icmp_ln1073_fu_158_p2 == 1'd1))))) begin
        i_V_fu_76 <= i_V_2_fu_163_p2;
    end
end

always @ (posedge ap_clk) begin
    if (((1'b1 == ap_CS_fsm_pp0_stage0) & (1'b0 == ap_block_pp0_stage0_11001) & (ap_enable_reg_pp0_iter0 == 1'b1))) begin
        i_V_1_reg_228 <= i_V_fu_76;
    end
end

always @ (posedge ap_clk) begin
    if (((1'b1 == ap_CS_fsm_pp0_stage0) & (ap_predicate_op94_read_state2 == 1'b1) & (1'b0 == ap_block_pp0_stage0_11001))) begin
        p_Result_s_reg_242 <= s_result_pair_dout;
    end
end

always @ (posedge ap_clk) begin
    if (((1'b1 == ap_CS_fsm_pp0_stage0) & (1'b0 == ap_block_pp0_stage0_11001))) begin
        p_Result_s_reg_242_pp0_iter1_reg <= p_Result_s_reg_242;
    end
end

always @ (posedge ap_clk) begin
    if (((1'b1 == ap_CS_fsm_pp0_stage0) & (1'b0 == ap_block_pp0_stage0_11001) & (((tmp_2_i_nbreadreq_fu_92_p3 == 1'd0) & (icmp_ln1073_fu_158_p2 == 1'd1)) | ((tmp_3_i_nbreadreq_fu_100_p3 == 1'd1) & (icmp_ln1073_fu_158_p2 == 1'd1))))) begin
        trunc_ln_reg_247 <= {{add_ln115_1_fu_181_p2[63:3]}};
    end
end

always @ (*) begin
    if ((ap_start == 1'b0)) begin
        ap_ST_fsm_state1_blk = 1'b1;
    end else begin
        ap_ST_fsm_state1_blk = 1'b0;
    end
end

assign ap_ST_fsm_state73_blk = 1'b0;

assign ap_ST_fsm_state74_blk = 1'b0;

assign ap_ST_fsm_state75_blk = 1'b0;

always @ (*) begin
    if (((ap_predicate_tran2to73_state2 == 1'b1) | (icmp_ln1073_fu_158_p2 == 1'd0))) begin
        ap_condition_pp0_exit_iter0_state2 = 1'b1;
    end else begin
        ap_condition_pp0_exit_iter0_state2 = 1'b0;
    end
end

always @ (*) begin
    if (((1'b1 == ap_CS_fsm_state75) | ((1'b1 == ap_CS_fsm_state1) & (ap_start == 1'b0)))) begin
        ap_done = 1'b1;
    end else begin
        ap_done = 1'b0;
    end
end

always @ (*) begin
    if (((1'b1 == ap_CS_fsm_state1) & (ap_start == 1'b0))) begin
        ap_idle = 1'b1;
    end else begin
        ap_idle = 1'b0;
    end
end

always @ (*) begin
    if (((ap_enable_reg_pp0_iter69 == 1'b0) & (ap_enable_reg_pp0_iter68 == 1'b0) & (ap_enable_reg_pp0_iter67 == 1'b0) & (ap_enable_reg_pp0_iter66 == 1'b0) & (ap_enable_reg_pp0_iter65 == 1'b0) & (ap_enable_reg_pp0_iter64 == 1'b0) & (ap_enable_reg_pp0_iter63 == 1'b0) & (ap_enable_reg_pp0_iter62 == 1'b0) & (ap_enable_reg_pp0_iter61 == 1'b0) & (ap_enable_reg_pp0_iter60 == 1'b0) & (ap_enable_reg_pp0_iter59 == 1'b0) & (ap_enable_reg_pp0_iter58 == 1'b0) & (ap_enable_reg_pp0_iter57 == 1'b0) & (ap_enable_reg_pp0_iter56 == 1'b0) & (ap_enable_reg_pp0_iter55 == 1'b0) & (ap_enable_reg_pp0_iter54 == 1'b0) & (ap_enable_reg_pp0_iter53 == 1'b0) & (ap_enable_reg_pp0_iter52 == 1'b0) & (ap_enable_reg_pp0_iter51 == 1'b0) & (ap_enable_reg_pp0_iter50 == 1'b0) & (ap_enable_reg_pp0_iter49 == 1'b0) & (ap_enable_reg_pp0_iter48 == 1'b0) & (ap_enable_reg_pp0_iter47 == 1'b0) & (ap_enable_reg_pp0_iter46 == 1'b0) & (ap_enable_reg_pp0_iter45 == 1'b0) & (ap_enable_reg_pp0_iter44 == 1'b0) & (ap_enable_reg_pp0_iter43 == 1'b0) & (ap_enable_reg_pp0_iter42 == 1'b0) & (ap_enable_reg_pp0_iter41 == 1'b0) & (ap_enable_reg_pp0_iter40 == 1'b0) & (ap_enable_reg_pp0_iter39 == 1'b0) & (ap_enable_reg_pp0_iter38 == 1'b0) & (ap_enable_reg_pp0_iter37 == 1'b0) & (ap_enable_reg_pp0_iter36 == 1'b0) & (ap_enable_reg_pp0_iter35 == 1'b0) & (ap_enable_reg_pp0_iter34 == 1'b0) & (ap_enable_reg_pp0_iter33 == 1'b0) & (ap_enable_reg_pp0_iter32 == 1'b0) & (ap_enable_reg_pp0_iter31 == 1'b0) & (ap_enable_reg_pp0_iter30 == 1'b0) & (ap_enable_reg_pp0_iter29 == 1'b0) & (ap_enable_reg_pp0_iter28 == 1'b0) & (ap_enable_reg_pp0_iter27 == 1'b0) & (ap_enable_reg_pp0_iter26 == 1'b0) & (ap_enable_reg_pp0_iter25 == 1'b0) & (ap_enable_reg_pp0_iter24 == 1'b0) & (ap_enable_reg_pp0_iter23 == 1'b0) & (ap_enable_reg_pp0_iter22 == 1'b0) & (ap_enable_reg_pp0_iter21 == 1'b0) & (ap_enable_reg_pp0_iter20 == 1'b0) & (ap_enable_reg_pp0_iter19 == 1'b0) & (ap_enable_reg_pp0_iter18 == 1'b0) & (ap_enable_reg_pp0_iter17 == 1'b0) & (ap_enable_reg_pp0_iter16 == 1'b0) & (ap_enable_reg_pp0_iter15 == 1'b0) & (ap_enable_reg_pp0_iter14 == 1'b0) & (ap_enable_reg_pp0_iter13 == 1'b0) & (ap_enable_reg_pp0_iter12 == 1'b0) & (ap_enable_reg_pp0_iter11 == 1'b0) & (ap_enable_reg_pp0_iter10 == 1'b0) & (ap_enable_reg_pp0_iter9 == 1'b0) & (ap_enable_reg_pp0_iter8 == 1'b0) & (ap_enable_reg_pp0_iter7 == 1'b0) & (ap_enable_reg_pp0_iter6 == 1'b0) & (ap_enable_reg_pp0_iter5 == 1'b0) & (ap_enable_reg_pp0_iter4 == 1'b0) & (ap_enable_reg_pp0_iter3 == 1'b0) & (ap_enable_reg_pp0_iter70 == 1'b0) & (ap_enable_reg_pp0_iter2 == 1'b0) & (ap_enable_reg_pp0_iter1 == 1'b0) & (ap_enable_reg_pp0_iter0 == 1'b0))) begin
        ap_idle_pp0 = 1'b1;
    end else begin
        ap_idle_pp0 = 1'b0;
    end
end

always @ (*) begin
    if ((1'b1 == ap_CS_fsm_state75)) begin
        ap_ready = 1'b1;
    end else begin
        ap_ready = 1'b0;
    end
end

always @ (*) begin
    if ((1'b1 == ap_CS_fsm_state75)) begin
        ap_return = UnifiedRetVal_reg_137;
    end else begin
        ap_return = ap_return_preg;
    end
end

always @ (*) begin
    if (((1'b1 == ap_CS_fsm_pp0_stage0) & (ap_enable_reg_pp0_iter1 == 1'b1) & (1'b0 == ap_block_pp0_stage0))) begin
        gmem2_blk_n_AW = m_axi_gmem2_AWREADY;
    end else begin
        gmem2_blk_n_AW = 1'b1;
    end
end

always @ (*) begin
    if (((ap_enable_reg_pp0_iter70 == 1'b1) & (1'b0 == ap_block_pp0_stage0))) begin
        gmem2_blk_n_B = m_axi_gmem2_BVALID;
    end else begin
        gmem2_blk_n_B = 1'b1;
    end
end

always @ (*) begin
    if (((ap_enable_reg_pp0_iter2 == 1'b1) & (1'b0 == ap_block_pp0_stage0))) begin
        gmem2_blk_n_W = m_axi_gmem2_WREADY;
    end else begin
        gmem2_blk_n_W = 1'b1;
    end
end

always @ (*) begin
    if (((1'b1 == ap_CS_fsm_state73) | (1'b1 == ap_CS_fsm_state74))) begin
        i_V_out_ap_vld = 1'b1;
    end else begin
        i_V_out_ap_vld = 1'b0;
    end
end

always @ (*) begin
    if (((1'b1 == ap_CS_fsm_pp0_stage0) & (ap_enable_reg_pp0_iter1 == 1'b1) & (1'b0 == ap_block_pp0_stage0_11001))) begin
        m_axi_gmem2_AWVALID = 1'b1;
    end else begin
        m_axi_gmem2_AWVALID = 1'b0;
    end
end

always @ (*) begin
    if (((ap_enable_reg_pp0_iter70 == 1'b1) & (1'b0 == ap_block_pp0_stage0_11001))) begin
        m_axi_gmem2_BREADY = 1'b1;
    end else begin
        m_axi_gmem2_BREADY = 1'b0;
    end
end

always @ (*) begin
    if (((ap_enable_reg_pp0_iter2 == 1'b1) & (1'b0 == ap_block_pp0_stage0_11001))) begin
        m_axi_gmem2_WVALID = 1'b1;
    end else begin
        m_axi_gmem2_WVALID = 1'b0;
    end
end

always @ (*) begin
    if (((1'b1 == ap_CS_fsm_pp0_stage0) & (1'b0 == ap_block_pp0_stage0) & (ap_enable_reg_pp0_iter0 == 1'b1) & (((tmp_2_i_nbreadreq_fu_92_p3 == 1'd0) & (icmp_ln1073_fu_158_p2 == 1'd1)) | ((tmp_3_i_nbreadreq_fu_100_p3 == 1'd1) & (icmp_ln1073_fu_158_p2 == 1'd1))))) begin
        s_result_pair_blk_n = s_result_pair_empty_n;
    end else begin
        s_result_pair_blk_n = 1'b1;
    end
end

always @ (*) begin
    if (((1'b1 == ap_CS_fsm_pp0_stage0) & (ap_predicate_op94_read_state2 == 1'b1) & (1'b0 == ap_block_pp0_stage0_11001) & (ap_enable_reg_pp0_iter0 == 1'b1))) begin
        s_result_pair_read = 1'b1;
    end else begin
        s_result_pair_read = 1'b0;
    end
end

always @ (*) begin
    case (ap_CS_fsm)
        ap_ST_fsm_state1 : begin
            if (((1'b1 == ap_CS_fsm_state1) & (ap_start == 1'b1))) begin
                ap_NS_fsm = ap_ST_fsm_pp0_stage0;
            end else begin
                ap_NS_fsm = ap_ST_fsm_state1;
            end
        end
        ap_ST_fsm_pp0_stage0 : begin
            if ((~(((ap_enable_reg_pp0_iter1 == 1'b0) & (icmp_ln1073_fu_158_p2 == 1'd0) & (1'b0 == ap_block_pp0_stage0_subdone) & (ap_enable_reg_pp0_iter0 == 1'b1)) | ((ap_predicate_tran2to73_state2 == 1'b1) & (ap_enable_reg_pp0_iter1 == 1'b0) & (1'b0 == ap_block_pp0_stage0_subdone) & (ap_enable_reg_pp0_iter0 == 1'b1))) & ~((ap_enable_reg_pp0_iter69 == 1'b0) & (ap_enable_reg_pp0_iter70 == 1'b1) & (1'b0 == ap_block_pp0_stage0_subdone)))) begin
                ap_NS_fsm = ap_ST_fsm_pp0_stage0;
            end else if ((((ap_exit_tran_regpp0 == 2'd1) & (ap_enable_reg_pp0_iter69 == 1'b0) & (ap_enable_reg_pp0_iter70 == 1'b1) & (1'b0 == ap_block_pp0_stage0_subdone)) | ((ap_enable_reg_pp0_iter1 == 1'b0) & (icmp_ln1073_fu_158_p2 == 1'd0) & (1'b0 == ap_block_pp0_stage0_subdone) & (ap_enable_reg_pp0_iter0 == 1'b1)))) begin
                ap_NS_fsm = ap_ST_fsm_state74;
            end else if ((((ap_exit_tran_regpp0 == 2'd0) & (ap_enable_reg_pp0_iter69 == 1'b0) & (ap_enable_reg_pp0_iter70 == 1'b1) & (1'b0 == ap_block_pp0_stage0_subdone)) | ((ap_predicate_tran2to73_state2 == 1'b1) & (ap_enable_reg_pp0_iter1 == 1'b0) & (1'b0 == ap_block_pp0_stage0_subdone) & (ap_enable_reg_pp0_iter0 == 1'b1)))) begin
                ap_NS_fsm = ap_ST_fsm_state73;
            end else begin
                ap_NS_fsm = ap_ST_fsm_pp0_stage0;
            end
        end
        ap_ST_fsm_state73 : begin
            ap_NS_fsm = ap_ST_fsm_state75;
        end
        ap_ST_fsm_state74 : begin
            ap_NS_fsm = ap_ST_fsm_state75;
        end
        ap_ST_fsm_state75 : begin
            ap_NS_fsm = ap_ST_fsm_state1;
        end
        default : begin
            ap_NS_fsm = 'bx;
        end
    endcase
end

assign add_ln115_1_fu_181_p2 = (add_ln115_fu_175_p2 + out_intersect_load);

assign add_ln115_fu_175_p2 = (shl_ln115_fu_169_p2 + 64'd8);

assign ap_CS_fsm_pp0_stage0 = ap_CS_fsm[32'd1];

assign ap_CS_fsm_state1 = ap_CS_fsm[32'd0];

assign ap_CS_fsm_state73 = ap_CS_fsm[32'd2];

assign ap_CS_fsm_state74 = ap_CS_fsm[32'd3];

assign ap_CS_fsm_state75 = ap_CS_fsm[32'd4];

assign ap_block_pp0_stage0 = ~(1'b1 == 1'b1);

always @ (*) begin
    ap_block_pp0_stage0_01001 = (((m_axi_gmem2_BVALID == 1'b0) & (ap_enable_reg_pp0_iter70 == 1'b1)) | ((s_result_pair_empty_n == 1'b0) & (ap_predicate_op94_read_state2 == 1'b1) & (ap_enable_reg_pp0_iter0 == 1'b1)));
end

always @ (*) begin
    ap_block_pp0_stage0_11001 = (((m_axi_gmem2_BVALID == 1'b0) & (ap_enable_reg_pp0_iter70 == 1'b1)) | ((m_axi_gmem2_WREADY == 1'b0) & (ap_enable_reg_pp0_iter2 == 1'b1)) | ((m_axi_gmem2_AWREADY == 1'b0) & (ap_enable_reg_pp0_iter1 == 1'b1)) | ((s_result_pair_empty_n == 1'b0) & (ap_predicate_op94_read_state2 == 1'b1) & (ap_enable_reg_pp0_iter0 == 1'b1)));
end

always @ (*) begin
    ap_block_pp0_stage0_subdone = (((m_axi_gmem2_BVALID == 1'b0) & (ap_enable_reg_pp0_iter70 == 1'b1)) | ((m_axi_gmem2_WREADY == 1'b0) & (ap_enable_reg_pp0_iter2 == 1'b1)) | ((m_axi_gmem2_AWREADY == 1'b0) & (ap_enable_reg_pp0_iter1 == 1'b1)) | ((s_result_pair_empty_n == 1'b0) & (ap_predicate_op94_read_state2 == 1'b1) & (ap_enable_reg_pp0_iter0 == 1'b1)));
end

assign ap_block_state10_pp0_stage0_iter8 = ~(1'b1 == 1'b1);

assign ap_block_state11_pp0_stage0_iter9 = ~(1'b1 == 1'b1);

assign ap_block_state12_pp0_stage0_iter10 = ~(1'b1 == 1'b1);

assign ap_block_state13_pp0_stage0_iter11 = ~(1'b1 == 1'b1);

assign ap_block_state14_pp0_stage0_iter12 = ~(1'b1 == 1'b1);

assign ap_block_state15_pp0_stage0_iter13 = ~(1'b1 == 1'b1);

assign ap_block_state16_pp0_stage0_iter14 = ~(1'b1 == 1'b1);

assign ap_block_state17_pp0_stage0_iter15 = ~(1'b1 == 1'b1);

assign ap_block_state18_pp0_stage0_iter16 = ~(1'b1 == 1'b1);

assign ap_block_state19_pp0_stage0_iter17 = ~(1'b1 == 1'b1);

assign ap_block_state20_pp0_stage0_iter18 = ~(1'b1 == 1'b1);

assign ap_block_state21_pp0_stage0_iter19 = ~(1'b1 == 1'b1);

assign ap_block_state22_pp0_stage0_iter20 = ~(1'b1 == 1'b1);

assign ap_block_state23_pp0_stage0_iter21 = ~(1'b1 == 1'b1);

assign ap_block_state24_pp0_stage0_iter22 = ~(1'b1 == 1'b1);

assign ap_block_state25_pp0_stage0_iter23 = ~(1'b1 == 1'b1);

assign ap_block_state26_pp0_stage0_iter24 = ~(1'b1 == 1'b1);

assign ap_block_state27_pp0_stage0_iter25 = ~(1'b1 == 1'b1);

assign ap_block_state28_pp0_stage0_iter26 = ~(1'b1 == 1'b1);

assign ap_block_state29_pp0_stage0_iter27 = ~(1'b1 == 1'b1);

always @ (*) begin
    ap_block_state2_pp0_stage0_iter0 = ((s_result_pair_empty_n == 1'b0) & (ap_predicate_op94_read_state2 == 1'b1));
end

assign ap_block_state30_pp0_stage0_iter28 = ~(1'b1 == 1'b1);

assign ap_block_state31_pp0_stage0_iter29 = ~(1'b1 == 1'b1);

assign ap_block_state32_pp0_stage0_iter30 = ~(1'b1 == 1'b1);

assign ap_block_state33_pp0_stage0_iter31 = ~(1'b1 == 1'b1);

assign ap_block_state34_pp0_stage0_iter32 = ~(1'b1 == 1'b1);

assign ap_block_state35_pp0_stage0_iter33 = ~(1'b1 == 1'b1);

assign ap_block_state36_pp0_stage0_iter34 = ~(1'b1 == 1'b1);

assign ap_block_state37_pp0_stage0_iter35 = ~(1'b1 == 1'b1);

assign ap_block_state38_pp0_stage0_iter36 = ~(1'b1 == 1'b1);

assign ap_block_state39_pp0_stage0_iter37 = ~(1'b1 == 1'b1);

assign ap_block_state3_pp0_stage0_iter1 = ~(1'b1 == 1'b1);

assign ap_block_state40_pp0_stage0_iter38 = ~(1'b1 == 1'b1);

assign ap_block_state41_pp0_stage0_iter39 = ~(1'b1 == 1'b1);

assign ap_block_state42_pp0_stage0_iter40 = ~(1'b1 == 1'b1);

assign ap_block_state43_pp0_stage0_iter41 = ~(1'b1 == 1'b1);

assign ap_block_state44_pp0_stage0_iter42 = ~(1'b1 == 1'b1);

assign ap_block_state45_pp0_stage0_iter43 = ~(1'b1 == 1'b1);

assign ap_block_state46_pp0_stage0_iter44 = ~(1'b1 == 1'b1);

assign ap_block_state47_pp0_stage0_iter45 = ~(1'b1 == 1'b1);

assign ap_block_state48_pp0_stage0_iter46 = ~(1'b1 == 1'b1);

assign ap_block_state49_pp0_stage0_iter47 = ~(1'b1 == 1'b1);

assign ap_block_state4_pp0_stage0_iter2 = ~(1'b1 == 1'b1);

assign ap_block_state50_pp0_stage0_iter48 = ~(1'b1 == 1'b1);

assign ap_block_state51_pp0_stage0_iter49 = ~(1'b1 == 1'b1);

assign ap_block_state52_pp0_stage0_iter50 = ~(1'b1 == 1'b1);

assign ap_block_state53_pp0_stage0_iter51 = ~(1'b1 == 1'b1);

assign ap_block_state54_pp0_stage0_iter52 = ~(1'b1 == 1'b1);

assign ap_block_state55_pp0_stage0_iter53 = ~(1'b1 == 1'b1);

assign ap_block_state56_pp0_stage0_iter54 = ~(1'b1 == 1'b1);

assign ap_block_state57_pp0_stage0_iter55 = ~(1'b1 == 1'b1);

assign ap_block_state58_pp0_stage0_iter56 = ~(1'b1 == 1'b1);

assign ap_block_state59_pp0_stage0_iter57 = ~(1'b1 == 1'b1);

assign ap_block_state5_pp0_stage0_iter3 = ~(1'b1 == 1'b1);

assign ap_block_state60_pp0_stage0_iter58 = ~(1'b1 == 1'b1);

assign ap_block_state61_pp0_stage0_iter59 = ~(1'b1 == 1'b1);

assign ap_block_state62_pp0_stage0_iter60 = ~(1'b1 == 1'b1);

assign ap_block_state63_pp0_stage0_iter61 = ~(1'b1 == 1'b1);

assign ap_block_state64_pp0_stage0_iter62 = ~(1'b1 == 1'b1);

assign ap_block_state65_pp0_stage0_iter63 = ~(1'b1 == 1'b1);

assign ap_block_state66_pp0_stage0_iter64 = ~(1'b1 == 1'b1);

assign ap_block_state67_pp0_stage0_iter65 = ~(1'b1 == 1'b1);

assign ap_block_state68_pp0_stage0_iter66 = ~(1'b1 == 1'b1);

assign ap_block_state69_pp0_stage0_iter67 = ~(1'b1 == 1'b1);

assign ap_block_state6_pp0_stage0_iter4 = ~(1'b1 == 1'b1);

assign ap_block_state70_pp0_stage0_iter68 = ~(1'b1 == 1'b1);

assign ap_block_state71_pp0_stage0_iter69 = ~(1'b1 == 1'b1);

always @ (*) begin
    ap_block_state72_pp0_stage0_iter70 = (m_axi_gmem2_BVALID == 1'b0);
end

assign ap_block_state7_pp0_stage0_iter5 = ~(1'b1 == 1'b1);

assign ap_block_state8_pp0_stage0_iter6 = ~(1'b1 == 1'b1);

assign ap_block_state9_pp0_stage0_iter7 = ~(1'b1 == 1'b1);

assign ap_enable_pp0 = (ap_idle_pp0 ^ 1'b1);

assign ap_ext_blocking_cur_n = (gmem2_blk_n_W & gmem2_blk_n_B & gmem2_blk_n_AW);

assign ap_ext_blocking_n = (ap_ext_blocking_cur_n & 1'b1);

assign ap_int_blocking_cur_n = s_result_pair_blk_n;

assign ap_int_blocking_n = (ap_int_blocking_cur_n & 1'b1);

always @ (*) begin
    ap_predicate_op94_read_state2 = (((tmp_2_i_nbreadreq_fu_92_p3 == 1'd0) & (icmp_ln1073_fu_158_p2 == 1'd1)) | ((tmp_3_i_nbreadreq_fu_100_p3 == 1'd1) & (icmp_ln1073_fu_158_p2 == 1'd1)));
end

always @ (*) begin
    ap_predicate_tran2to73_state2 = ((tmp_2_i_nbreadreq_fu_92_p3 == 1'd1) & (tmp_3_i_nbreadreq_fu_100_p3 == 1'd0) & (icmp_ln1073_fu_158_p2 == 1'd1));
end

assign ap_str_blocking_n = (1'b1 & 1'b1);

assign i_V_2_fu_163_p2 = (i_V_fu_76 + 64'd1);

assign i_V_out = i_V_1_reg_228;

assign icmp_ln1073_fu_158_p2 = ((i_V_fu_76 < max_write_num) ? 1'b1 : 1'b0);

assign m_axi_gmem2_ARADDR = 64'd0;

assign m_axi_gmem2_ARBURST = 2'd0;

assign m_axi_gmem2_ARCACHE = 4'd0;

assign m_axi_gmem2_ARID = 1'd0;

assign m_axi_gmem2_ARLEN = 32'd0;

assign m_axi_gmem2_ARLOCK = 2'd0;

assign m_axi_gmem2_ARPROT = 3'd0;

assign m_axi_gmem2_ARQOS = 4'd0;

assign m_axi_gmem2_ARREGION = 4'd0;

assign m_axi_gmem2_ARSIZE = 3'd0;

assign m_axi_gmem2_ARUSER = 1'd0;

assign m_axi_gmem2_ARVALID = 1'b0;

assign m_axi_gmem2_AWADDR = sext_ln115_fu_201_p1;

assign m_axi_gmem2_AWBURST = 2'd0;

assign m_axi_gmem2_AWCACHE = 4'd0;

assign m_axi_gmem2_AWID = 1'd0;

assign m_axi_gmem2_AWLEN = 32'd1;

assign m_axi_gmem2_AWLOCK = 2'd0;

assign m_axi_gmem2_AWPROT = 3'd0;

assign m_axi_gmem2_AWQOS = 4'd0;

assign m_axi_gmem2_AWREGION = 4'd0;

assign m_axi_gmem2_AWSIZE = 3'd0;

assign m_axi_gmem2_AWUSER = 1'd0;

assign m_axi_gmem2_RREADY = 1'b0;

assign m_axi_gmem2_WDATA = p_Result_s_reg_242_pp0_iter1_reg;

assign m_axi_gmem2_WID = 1'd0;

assign m_axi_gmem2_WLAST = 1'b0;

assign m_axi_gmem2_WSTRB = 8'd255;

assign m_axi_gmem2_WUSER = 1'd0;

assign s_join_finish_read = 1'b0;

assign sext_ln115_fu_201_p1 = $signed(trunc_ln_reg_247);

assign shl_ln115_fu_169_p2 = i_V_fu_76 << 64'd3;

assign tmp_2_i_nbreadreq_fu_92_p3 = s_join_finish_empty_n;

assign tmp_3_i_nbreadreq_fu_100_p3 = s_result_pair_empty_n;

always @ (posedge ap_clk) begin
    ap_exit_tran_regpp0[1] <= 1'b0;
end

endmodule //vadd_write_results_Pipeline_VITIS_LOOP_104_2